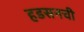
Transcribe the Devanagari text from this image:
हडसनची